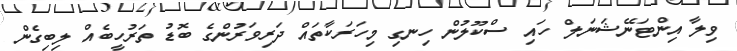
ވިލާ އިންޓަނޭޝަނަލް ހައި ސްކޫލުން ހިނގި މިހަރަކާތައް ދަރިވަރުންގެ ބޮޑު ތަރުހީބެއް ލިބިގެން